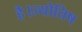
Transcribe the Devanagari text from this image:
है।ज्योतिष